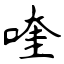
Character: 喹